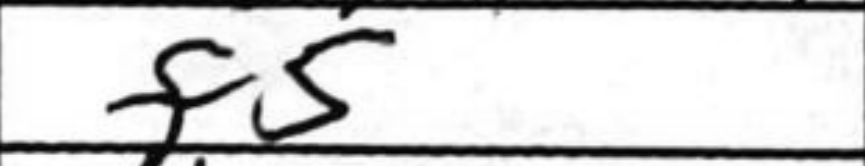
Transcription: f5